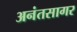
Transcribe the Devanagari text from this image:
अनंतसागर